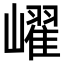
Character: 𡽢